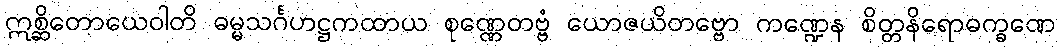
ဣစ္ဆိတောယေဝါတိ ဓမ္မသင်္ဂဟဋ္ဌကထာယ စုဏ္ဏေတဗ္ဗံ ယောဇယိတဗ္ဗော ကဏ္ဍေန စိတ္တနိရောဓက္ခဏေ